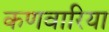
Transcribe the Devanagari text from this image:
कणवारिया